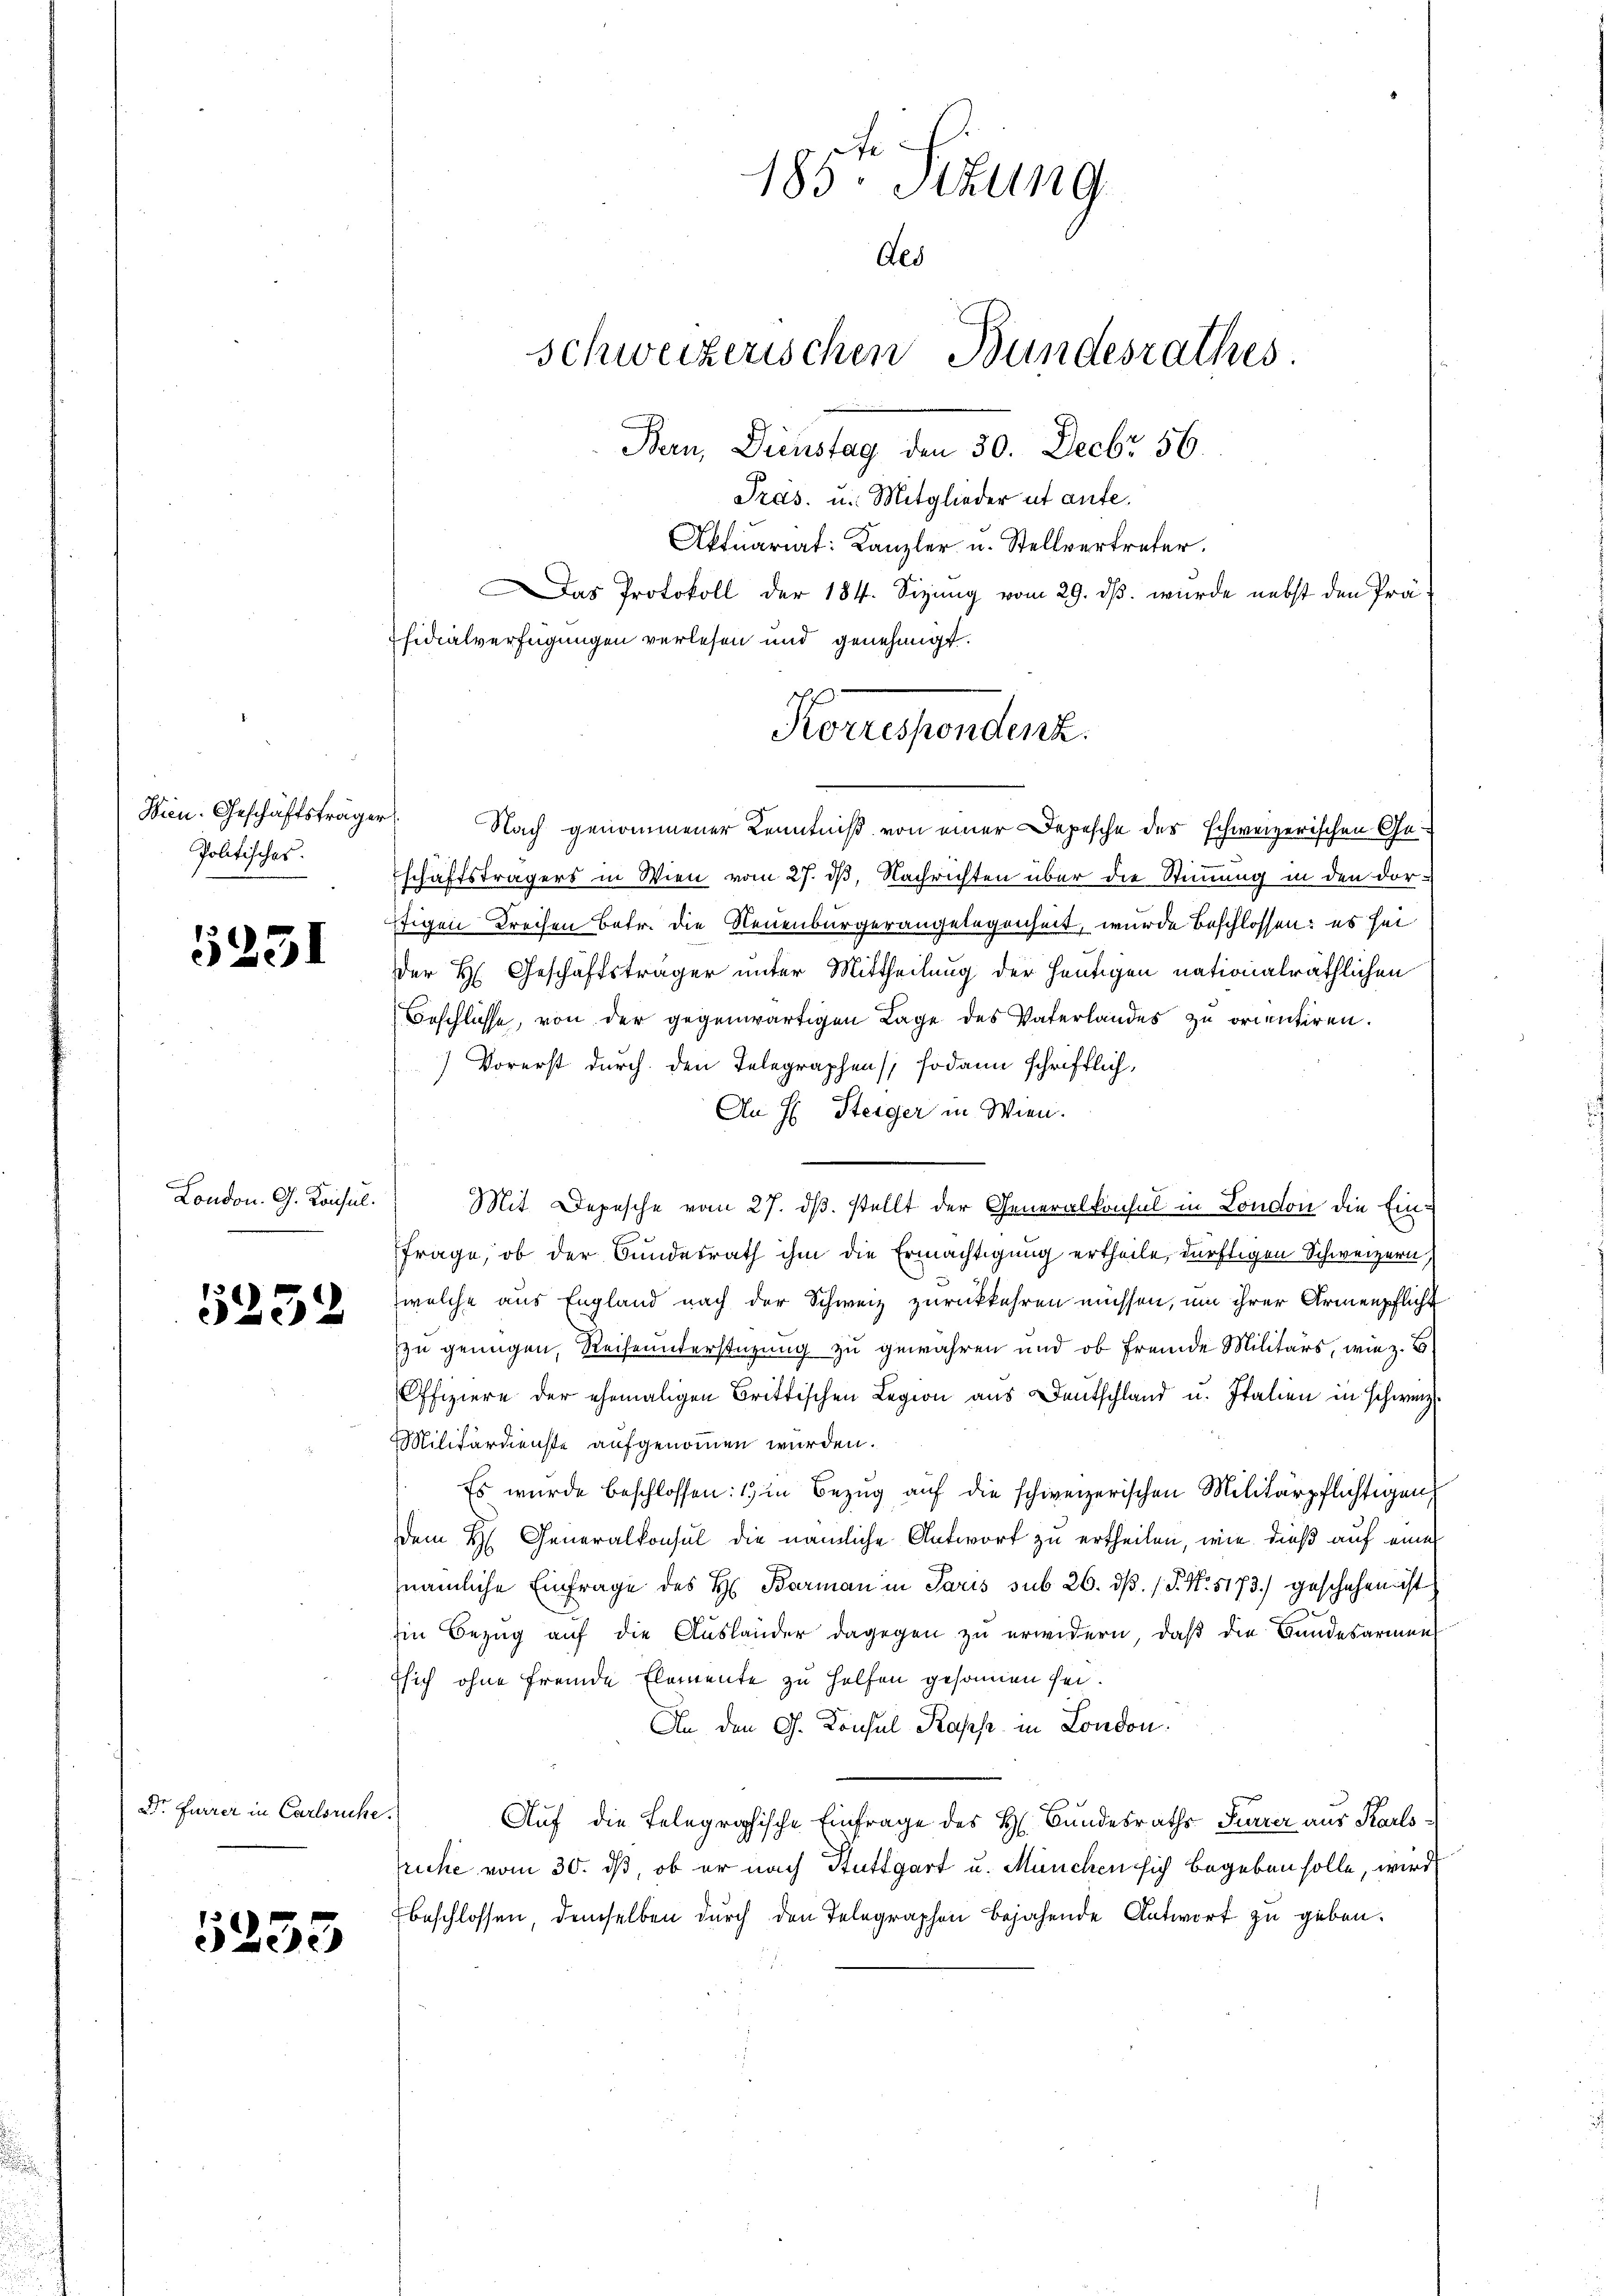
Politisches.

5231

London. G. Konsul

5252

Dr. Furrer in Carlsruhe.

5233

Wien. Geschäftsträger. Nach genommener Kenntniß von einer Depesche der schweizerischen Ge-
schäftsträgers in Wien vom 27. dß, Nachrichten über die Stimmung in den dor¬
Eigen Brechen Betr. die Neuenburgerangelegenheit, wurde beschlossen: es sei
der H. Geschäftsträger unter Mittheilung der heutigen nationalräthlichen
Beschlüsse, von der gegenwärtigen Lage des Vaterlandes zu orientiren.
) Vorerst durch den Telegraphen sodann schriftlich,
An E. Steiger in Wien.
Mit Depesche vom 27. ds. stellt der Generalkonsul in London die Ein¬
Frage, ob der Bundesrath ihm die Ermächtigung ertheile, dürftigen Schweizern,
welche aus England nach der Schweiz zurückkehren müssen, um ihrer Armenpflicht
zu genügen, Reiseunterstüzung zu gewähren und ob fremde Militärs, wie z. B
Offiziere der ehemaligen Brittischen Legion aus Deutschland u. Italien in schweiz.
Militärdienste aufgenommen wurden.
Es wurde beschlossen: 1) in Bezug auf die schweizerischen Militärpflichtigung
dem H. Generalkonsul die nämliche Antwort zu ertheilen, wie dieß auf eine
nämliche Einfrage des H. Barman in Paris sub 26. dβ. (S. N. 1173) geschehen ist
Ein Bezŭg aŭf die Aŭsländer dagegen zŭ erwidern, daβ die Bundesarmen
Esich ohne fremde Elemente zu Helfen gesonnen sei.
An den G. Konsul Kasse in London.
Auf die Telegraphische Einfrage des H. Bundesraths Furrer aus Karlsruche vom 30. dß, ob er nach Stuttgart u. München sich begeben solle, wird
beschlossen, demselben durch den Telegraphen bejahende Antwort zu geben.

Pras. u. Mitglieder ut aufe.
Aktuariat: Kanzler u. Stellvertreter.
Das Protokoll der 184. Sizung vom 29. ds. wurde nebst den Präfidialverfügungen verlesen und genehmigt.
Korrespondenz

185te Sitzung
Als
schweizerischen Bundesrathes
Ban, Dienstag den 50. Decbr 56.